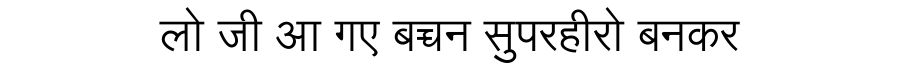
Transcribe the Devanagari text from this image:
लो जी आ गए बच्चन सुपरहीरो बनकर